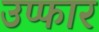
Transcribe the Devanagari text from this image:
उप्फार